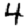
Digit: 4